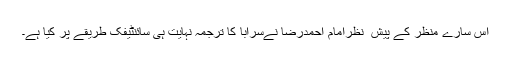
اس سارے منظر کے پیش ِ نظرامام احمدرضا نےسَرَابًا کا ترجمہ نہایت ہی سائنٹیفک طریقے پر کیا ہے۔